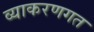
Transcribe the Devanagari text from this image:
व्याकरणगत